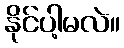
နိုင်ပါ့မလဲ။